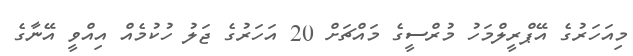
މިއަހަރުގެ އޭޕްރީލްމަހު މުރްސީގެ މައްޗަށް 20 އަހަރުގެ ޖަލު ހުކުމެއް އިއްވީ އޭނާގެ